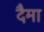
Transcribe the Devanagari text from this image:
दैमा